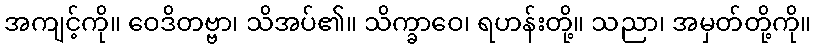
အကျင့်ကို။ ဝေဒိတဗ္ဗာ၊ သိအပ်၏။ သိက္ခာဝေ၊ ရဟန်းတို့။ သညာ၊ အမှတ်တို့ကို။